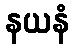
နယနံ